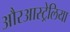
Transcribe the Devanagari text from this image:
औरआस्ट्रेलिया